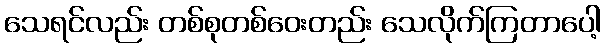
သေရင်လည်း တစ်စုတစ်ဝေးတည်း သေလိုက်ကြတာပေါ့